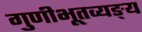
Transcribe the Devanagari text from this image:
गुणीभूतव्यङ्य